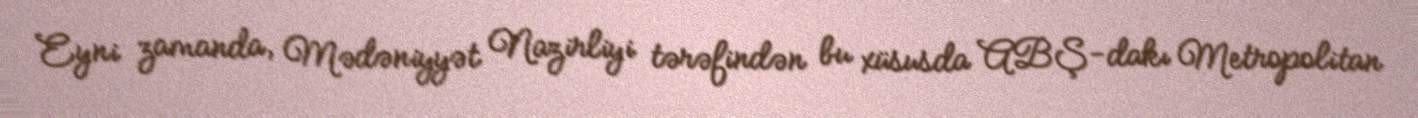
Eyni zamanda, Mədəniyyət Nazirliyi tərəfindən bu xüsusda ABŞ-dakı Metropolitan